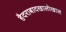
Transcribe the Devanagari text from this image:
हैदराबादखालोखाल